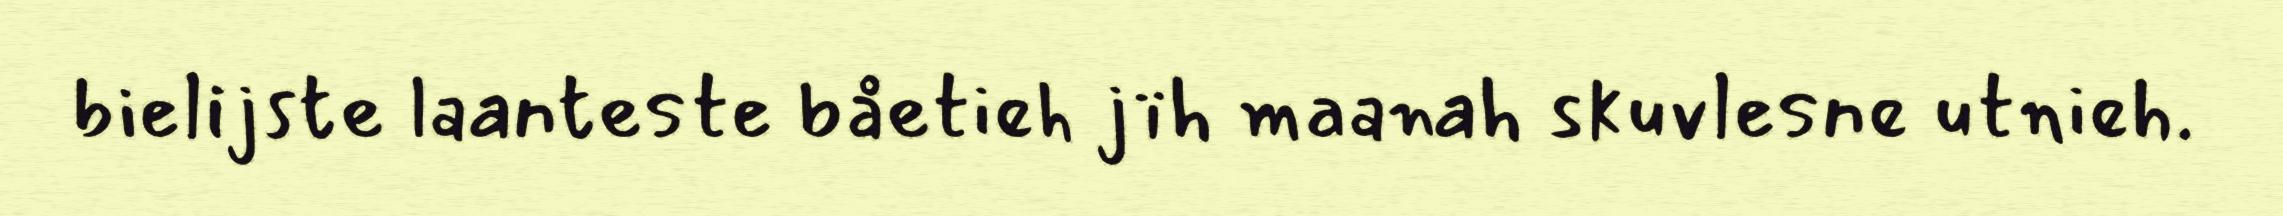
bielijste laanteste båetieh jïh maanah skuvlesne utnieh.